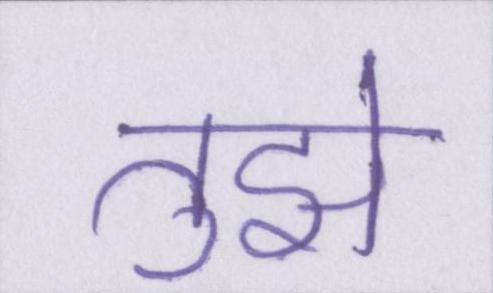
तुझे